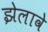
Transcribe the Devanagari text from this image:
झेलावे